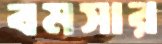
বমসার